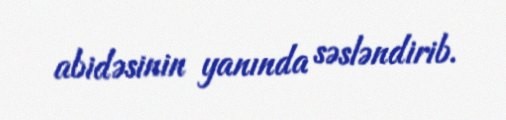
abidəsinin yanında səsləndirib.